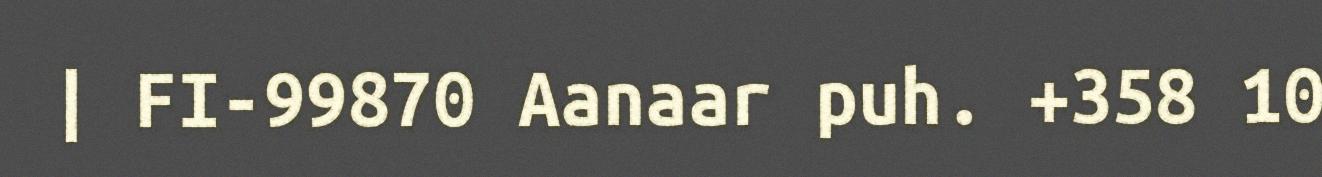
| FI-99870 Aanaar puh. +358 10